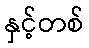
နှင့်တစ်